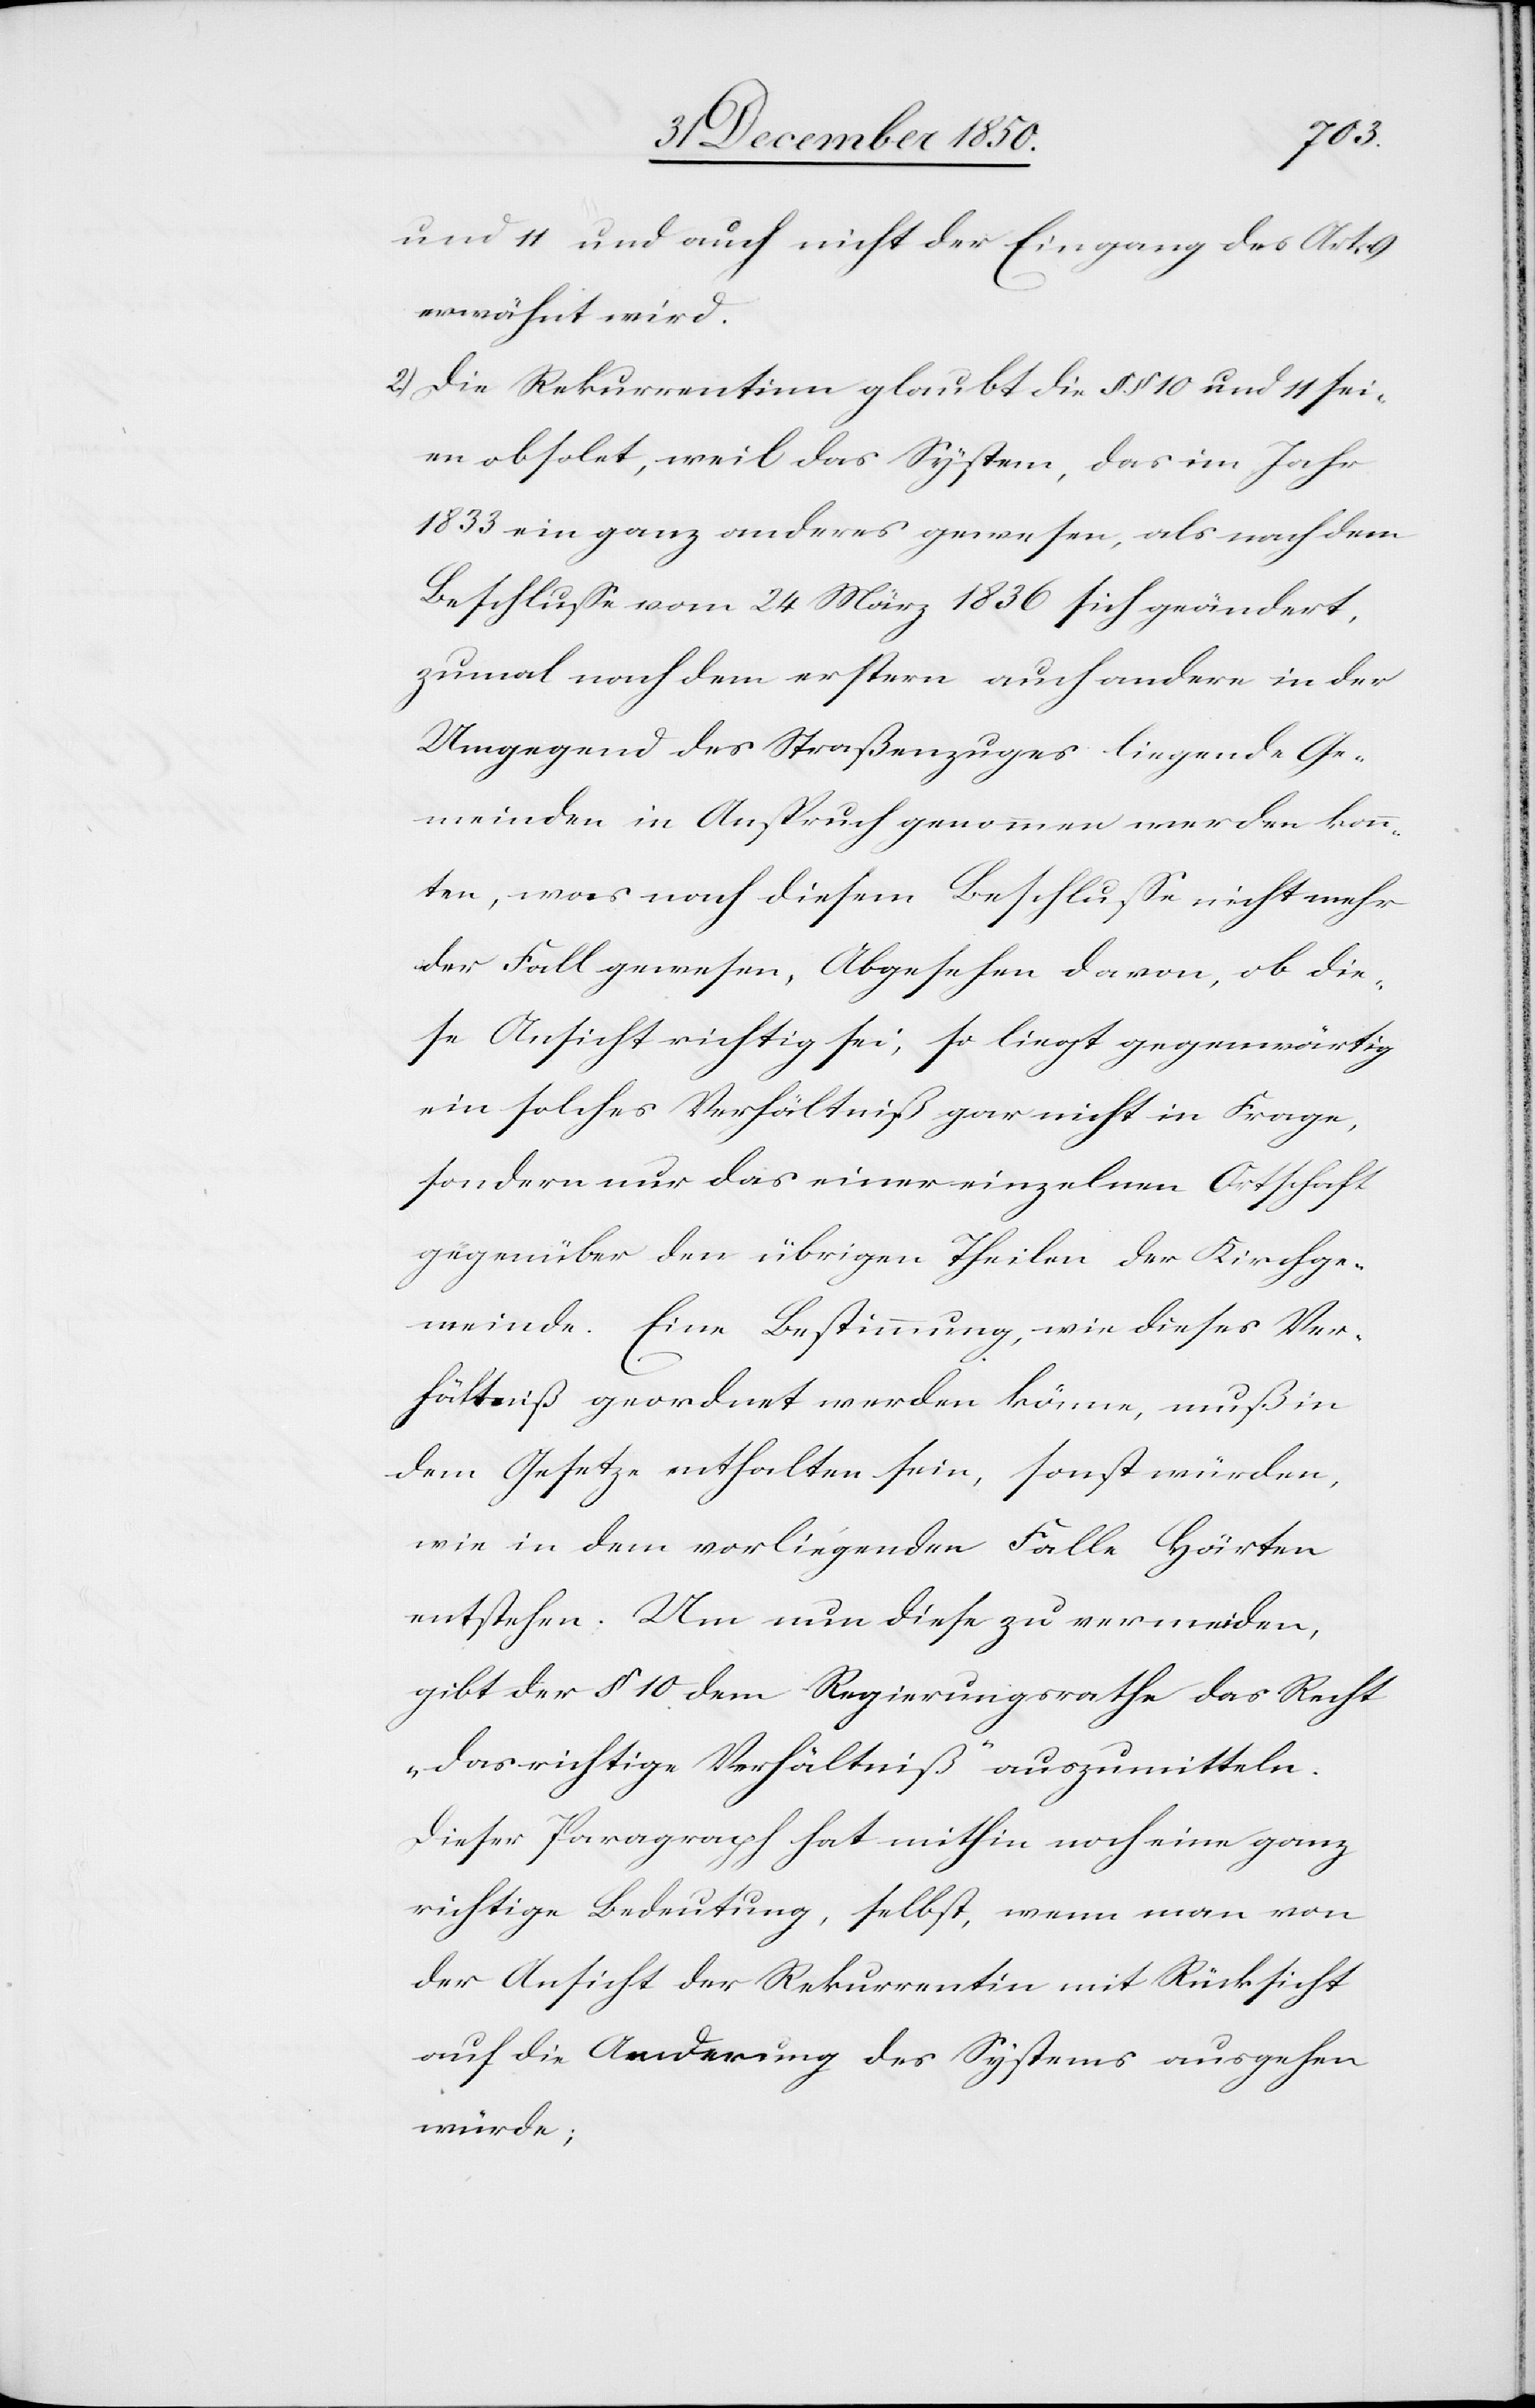
und 11 und auch nicht der Eingang des Art. 9
erwähnt wird.
2.) Die Rekurrentinn glaubt die § § 10 und 11 sei¬
en obsolet, weil das System, das im Jahr
1833 ein ganz anderes gewesen, als nach dem
Beschlusse vom 24 März 1836 sich geändert,
zumal nach dem erstern auch andere in der
Umgegend des Straßenzuges liegende Ge¬
meinden in Anspruch genommen werden konn¬
ten, was nach diesem Beschlusse nicht mehr
der Fall gewesen, Abgesehen davon, ob die¬
se Ansicht richtig sei, so liegt gegenwärtig
ein solches Verhältniß gar nicht in Frage,
sondern nur das einer einzelnen Ortschaft
gegenüber den übrigen Theilen der Kirchge¬
meinde. Eine Bestimmung, wie dieses Ver¬
hältniß geordnet werden könne, muß in
dem Gesetze enthalten sein, sonst würden,
wie in dem vorliegenden Falle Härten
entstehen. Um nun diese zu vermeiden,
gibt der § 10 dem Regierungsrathe das Recht
„das richtige Verhältniß“ auszumitteln.
Dieser Paragraph hat mithin noch eine ganz
richtige Bedeutung, selbst, wenn man von
der Ansicht der Rekurrentin mit Rücksicht
auf die Aenderung des Systems ausgehen
würde;